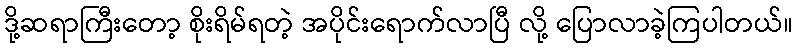
ဒို့ဆရာကြီးတော့ စိုးရိမ်ရတဲ့ အပိုင်းရောက်လာပြီ လို့ ပြောလာခဲ့ကြပါတယ်။